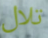
تلال